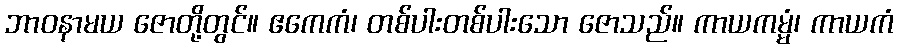
ဘာဝနာမယ ဇောတို့တွင်။ ဧကေကံ၊ တစ်ပါးတစ်ပါးသော ဇောသည်။ ကာယကမ္မံ၊ ကာယကံ